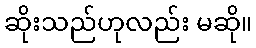
ဆိုးသည်ဟုလည်း မဆို။